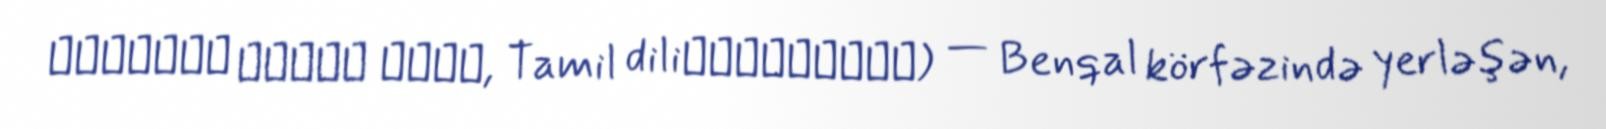
निकोबार द्वीप समूह, Tamil diliநக்காவரம்) — Benqal körfəzində yerləşən,